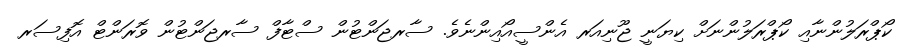
ކޯޕްރަލުންނާއި ކޯޕްރަލުންނަށް ކިޔަނީ ޖޫނިއަރ އެންސީއޯއިންނެވެ. ސާރޖަންޓުން ސްޓާފް ސާރޖަންޓުން ވޮރަންޓް އޮފިސަރ